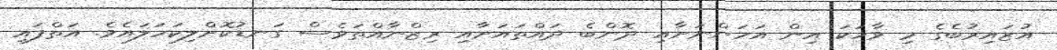
އުޒައިރުބެގެ މި ވާހަކަ އިން އަހަންނަށާއި ދޮންބެ ދައްތައަށާއި ރިޒްނާއްތަވެސް ގަނޑުކޮށްލިކަހަލައެވެ. އަތްފައި